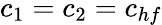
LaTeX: c_{1}=c_{2}=c_{hf}